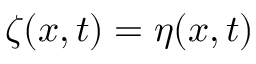
\zeta ( x , t ) = \eta ( x , t )